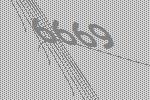
6669